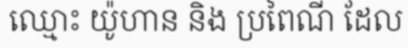
ឈ្មោះ យ៉ូហាន និង ប្រពៃណី ដែល